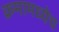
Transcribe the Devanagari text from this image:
क्रमामध्येच